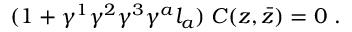
( 1 + \gamma ^ { 1 } \gamma ^ { 2 } \gamma ^ { 3 } \gamma ^ { a } l _ { a } ) \; C ( z , \bar { z } ) = 0 \ .